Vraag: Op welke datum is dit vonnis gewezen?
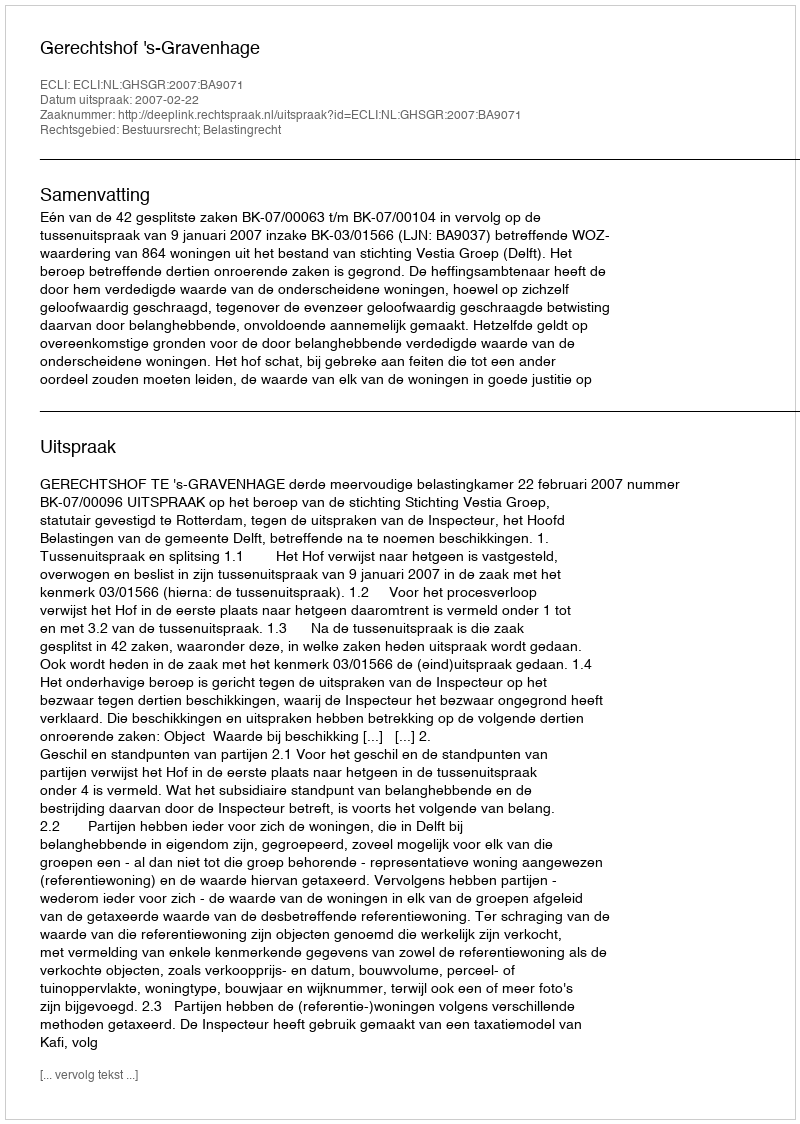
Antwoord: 2007-02-22